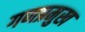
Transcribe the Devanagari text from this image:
गणप्रमुख